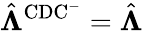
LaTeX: \hat{\boldsymbol{\Lambda}}^{\mathrm{CDC^{-}}}=\hat{\boldsymbol{\Lambda}}